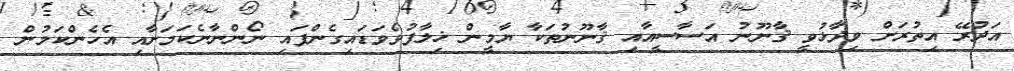
އަދުރޭ އިތުރަށް ވިދާޅުވީ ޤާނޫނު އަސާސީއާއި ޤާނޫނުތަކާ ޔާމީން ޚިލާފުވެވަޑައިގެންފައި ނޯންނާނެކަމަށާއި އެހެންކަމުން